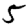
Digit: 5